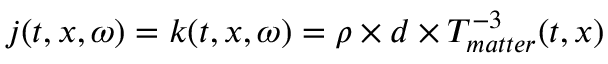
j ( t , x , \omega ) = k ( t , x , \omega ) = \rho \times d \times T _ { m a t t e r } ^ { - 3 } ( t , x )